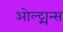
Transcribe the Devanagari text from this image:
ओल्ट्मन्स